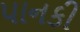
પાનકી